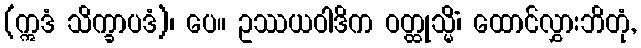
(ဣဒံ သိက္ခာပဒံ)၊ ပေ။ ဥဿယဝါဒိက ဝတ္ထုသ္မိံ၊ ထောင်လွှားဘိတုံ,